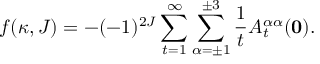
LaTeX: f ( \kappa , J ) = - ( - 1 ) ^ { 2 J } \sum _ { t = 1 } ^ { \infty } \sum _ { \alpha = \pm 1 } ^ { \pm 3 } \frac { 1 } { t } A _ { t } ^ { \alpha \alpha } ( { \bf 0 } ) .